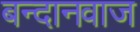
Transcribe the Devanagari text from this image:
बन्दानवाज